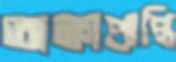
অক্কাপ্রাপ্তি